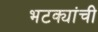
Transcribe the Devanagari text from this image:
भटक्यांची